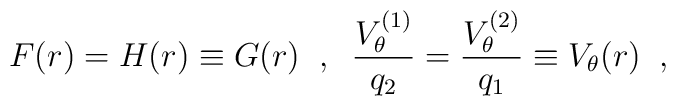
F(r)=H(r)\equiv G(r) \;\;,\;\;  \frac{V^{(1)}_{\theta}}{q_{2}}=  \frac{V^{(2)}_{\theta}}{q_{1}}\equiv V_{\theta}(r) \;\;,